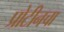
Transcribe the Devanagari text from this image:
प्रोटीनचा